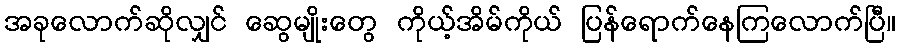
အခုလောက်ဆိုလျှင် ဆွေမျိုးတွေ ကိုယ့်အိမ်ကိုယ် ပြန်ရောက်နေကြလောက်ပြီ။